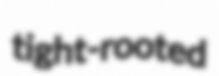
tight-rooted